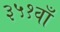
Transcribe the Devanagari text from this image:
३५१वाँ